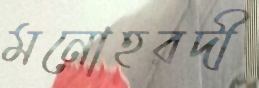
মনোহরদী